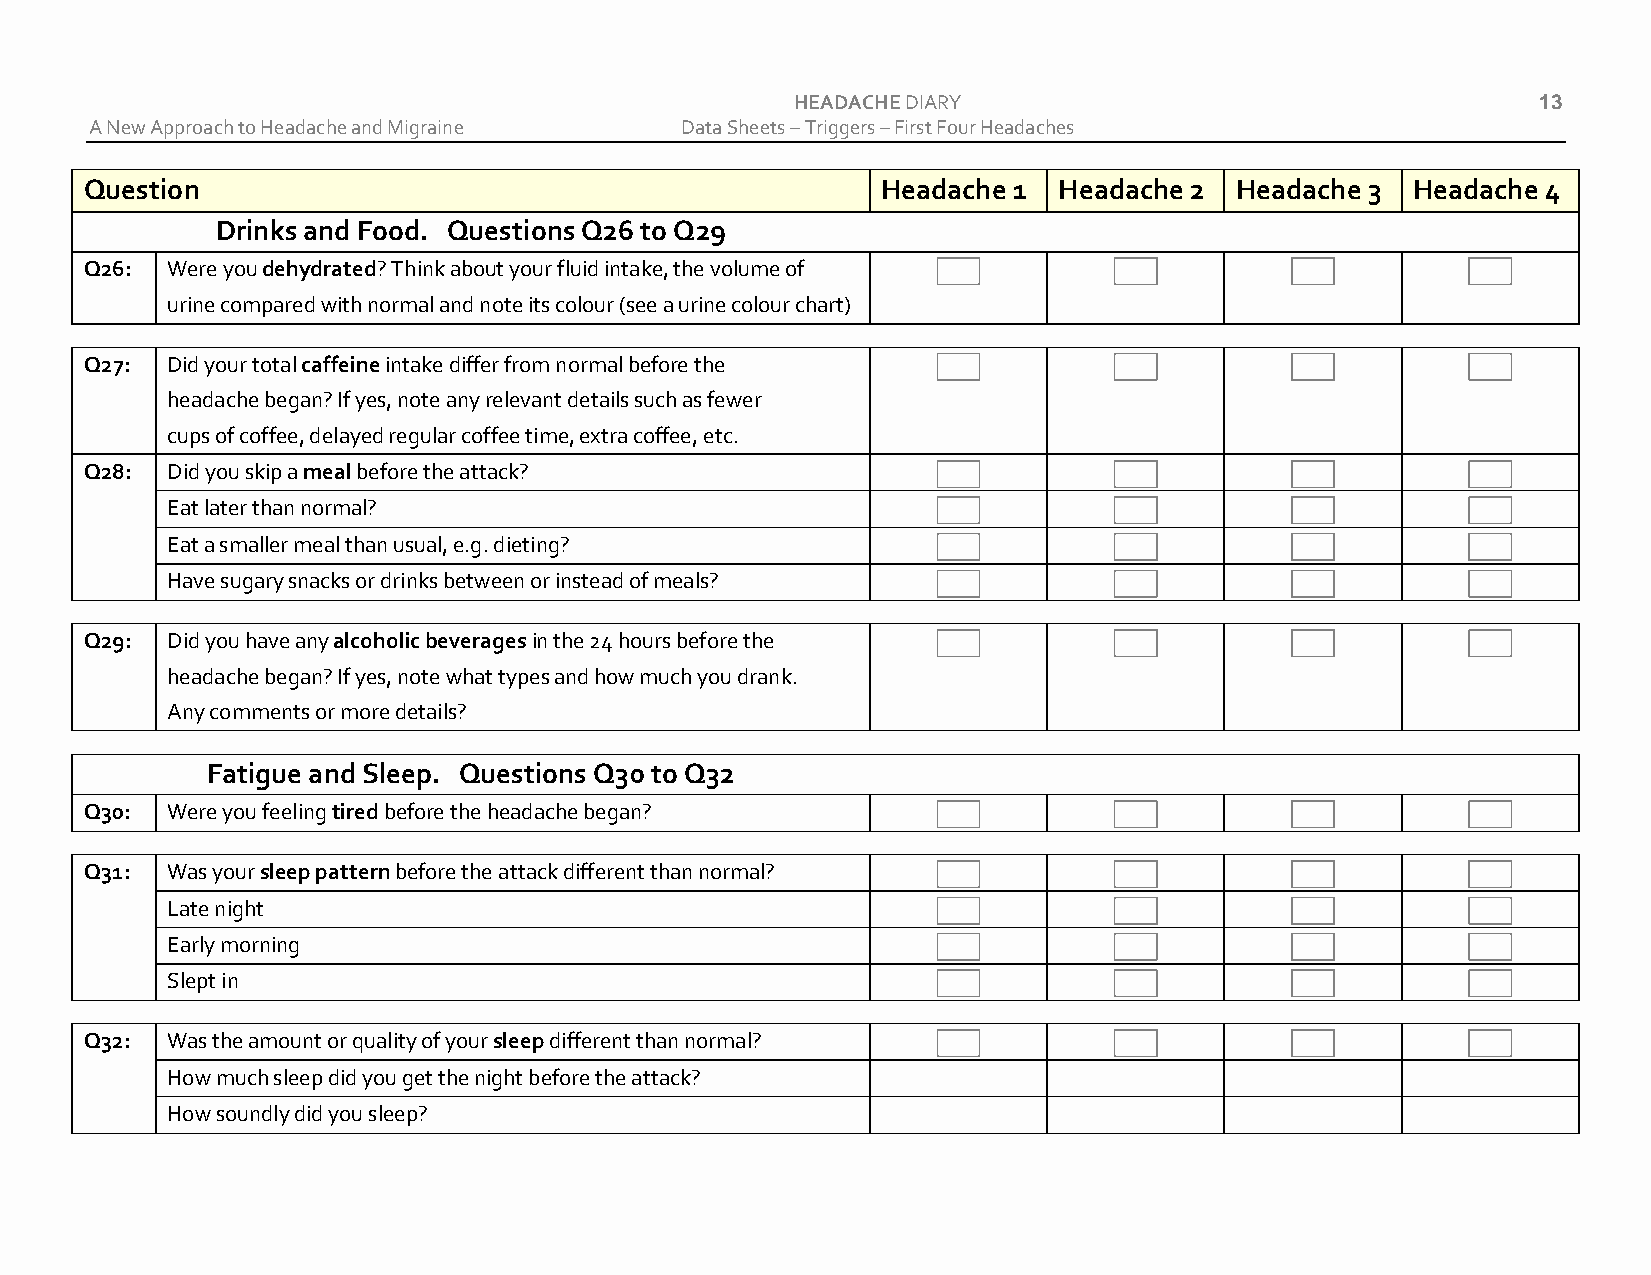
HEADACHE DIARY                                   13
 A New Approach to Headache and Migraine Data Sheets – Triggers – First Four Headaches
 Question                                            Headache 1  Headache 2  Headache 3 Headache 4
 Drinks and Food. Questions Q26 to Q29
 Q26: Were you dehydrated? Think about your fluid intake, the volume of
 urine compared with normal and note its colour (see a urine colour chart)
 Q27: Did your total caffeine intake differ from normal before the
 headache began? If yes, note any relevant details such as fewer
 cups of coffee, delayed regular coffee time, extra coffee, etc.
 Q28: Did you skip a meal before the attack?
 Eat later than normal?
 Eat a smaller meal than usual, e.g. dieting?
 Have sugary snacks or drinks between or instead of meals?
 Q29: Did you have any alcoholic beverages in the 24 hours before the
 headache began? If yes, note what types and how much you drank.
 Any comments or more details?
 Fatigue and Sleep. Questions Q30 to Q32
 Q30: Were you feeling tired before the headache began?
 Q31: Was your sleep pattern before the attack different than normal?
 Late night
 Early morning
 Slept in
 Q32: Was the amount or quality of your sleep different than normal?
 How much sleep did you get the night before the attack?
 How soundly did you sleep?